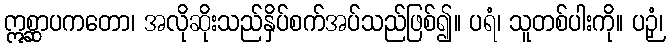
ဣစ္ဆာပကတော၊ အလိုဆိုးသည်နှိပ်စက်အပ်သည်ဖြစ်၍။ ပရံ၊ သူတစ်ပါးကို။ ပဉှံ၊